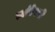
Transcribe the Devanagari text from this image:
त्यांऐवजी